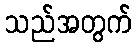
သည်အတွက်